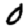
Digit: 0